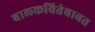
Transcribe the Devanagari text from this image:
बालकवितेबाबत